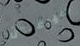
سيرغبون